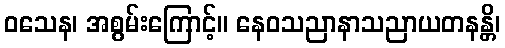
ဝသေန၊ အစွမ်းကြောင့်။ နေဝသညာနာသညာယတနန္တိ၊